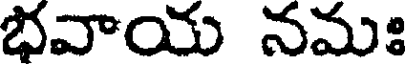
భవాయ నమః